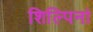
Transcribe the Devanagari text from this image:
शिल्पिनां